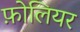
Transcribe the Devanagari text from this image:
फ़ोलियर